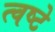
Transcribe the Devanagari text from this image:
त्वष्टे